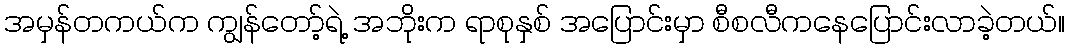
အမှန်တကယ်က ကျွန်တော့်ရဲ့ အဘိုးက ရာစုနှစ် အပြောင်းမှာ စီစလီကနေပြောင်းလာခဲ့တယ်။